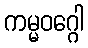
ကမ္မဝဂ္ဂေါ